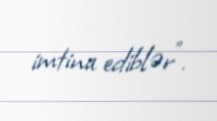
imtina ediblər".